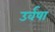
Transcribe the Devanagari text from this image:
उर्वषा